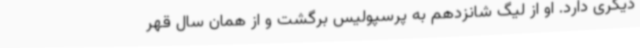
دیگری دارد. او از لیگ شانزدهم به پرسپولیس برگشت و از همان سال قهر